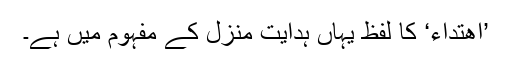
’اِھتدَاء‘ کا لفظ یہاں ہدایت منزل کے مفہوم میں ہے۔